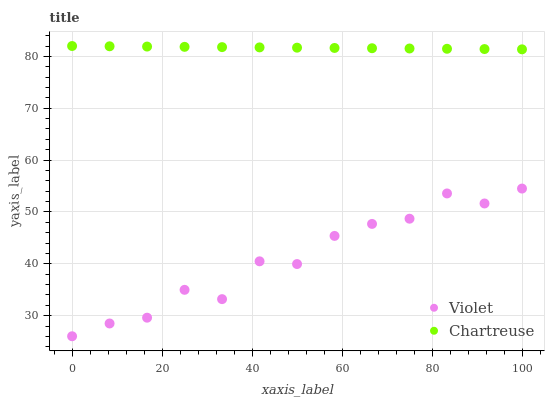
| xaxis_label | Violet | Chartreuse |
 | --- | --- | --- |
 | 0 | 26 | 82 |
 | 8.33 | 28.5 | 81.9 |
 | 16.7 | 29.6 | 81.9 |
 | 25 | 35 | 81.8 |
 | 33.3 | 33.2 | 81.8 |
 | 41.7 | 40.5 | 81.7 |
 | 50 | 40 | 81.7 |
 | 58.3 | 45.4 | 81.6 |
 | 66.7 | 47.7 | 81.6 |
 | 75 | 48.7 | 81.5 |
 | 83.3 | 53.6 | 81.5 |
 | 91.7 | 51.6 | 81.4 |
 | 100 | 54.5 | 81.4 |